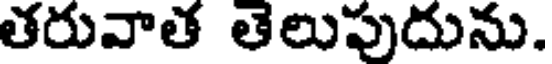
తరువాత తెలుపుదును.